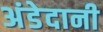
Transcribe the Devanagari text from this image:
अंडेदानी